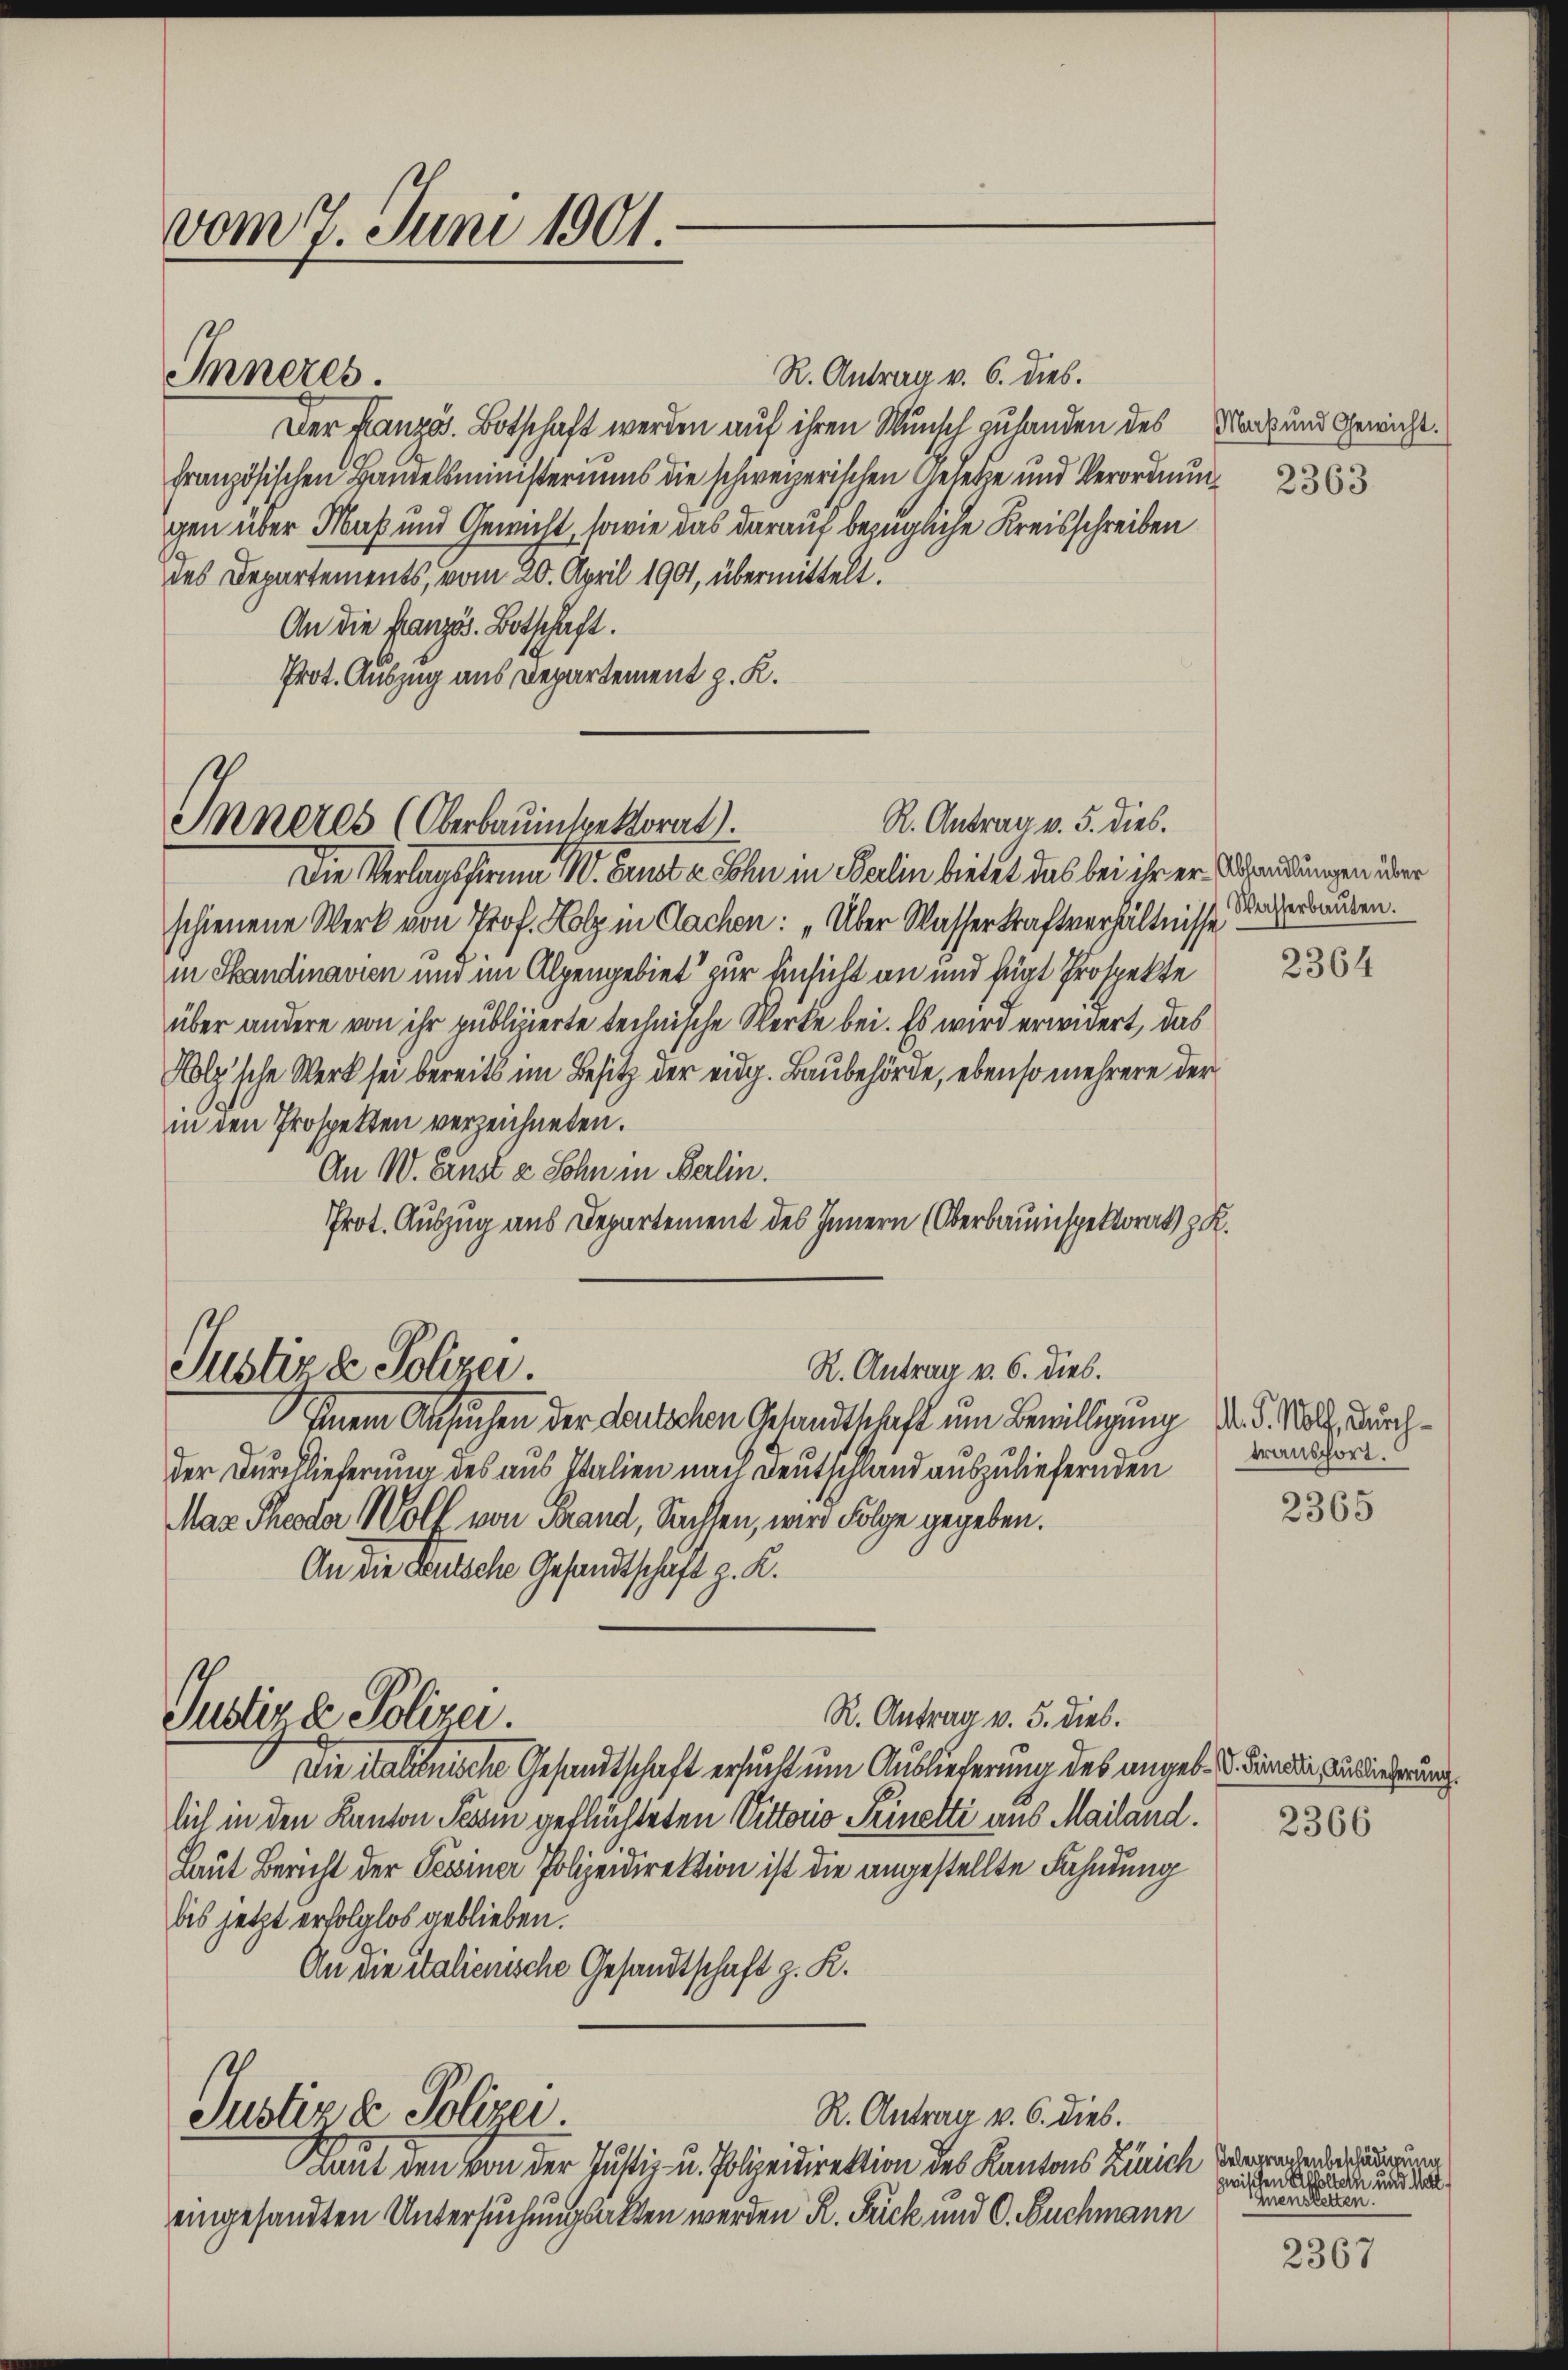
vom 7. Juni 1901.

Inneres.

Inneres (Oberbauinspektorat).

R. Antrag v. 6. dies.
Der Französ. Botschaft werden auf ihren Wunsch zuhanden des Nach und Gewicht.
französischen Bandelsministeriums die schweizerischen Gesetze und Verordnung
gen über Maß und Gewicht, sowie das darauf bezügliche Kreisschreiben
des Departements, vom 20. April 1901, übermittelt.
An die Französ. Botschaft.
Prot. Auszug aus Departement z. K.
R. Antrag v. 5. dies.
Die Verlagsfirma W. Bunt an Sohn in Berlin bietet das bei ihr er sendungen über
schienene Werk von Prof. Holz in Sachen: „Über Wasserkraftverhältnisse
in Skandinavien und im Alpengebiet zur Einsicht an und fügt Prospekte
über andere von ihr publizierte technische Werke bei. Es wird erwidert, das
Kolz'sche Werk sei bereits im Besitz der eidg. Baubehörde, ebenso mehrere der
in den Prospekten verzeichneten.
An W. Lust a Sohn in Berlin.
Prot. Auszug aus Departement des Innern (Oberbauinspektorat z. R.

R. Antrag v. 6. dies.
Justiz & Polizei.

Justiz & Polizei.

einem Ansuchen der Donlichen Gesandtschaft um Bewilligung
der Durchlieferung des aus Italien nach Deutschland auszuliefernden
Maz Theoda Wolf von Frand, Sachsen, wird Folge gegeben.
An die Deutsche Gesandtschaft z. B.
R. Antrag v. 5. dies.
Die italienische Gesandtschaft ersucht um Auslieferung des angeb. I dir die Zuforderung
lich in den Kanton Tessin geflüchteten Vittorio Trinetti aus Mailand.
Laut Bericht der Tessiner Polizeidirektion ist die angestellte Fahndung
bis jetzt erfolglos geblieben.
An die italienische Gesandtschaft z. K.
R. Antrag v. 6. dies.
Justiz & Polizei
Laut den von der Justiz- u. Polizeidirektion des Kantons Zürich Vorredenseiterung
eingesandten Untersuchungsakten werden R. Frick und C. Buchmann

Wasserbauten.

2364

M. S. Wolf, durchtransport.

2365

2366

zwischen Affoltern und Matt¬
Guenseiten.

2367